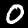
Label: 0